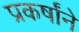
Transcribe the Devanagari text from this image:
प्रकर्षांने